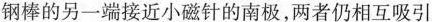
钢棒的另一端接近小磁针的南极，两者仍相互吸引